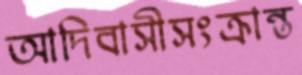
আদিবাসীসংক্রান্ত